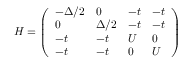
H = \left( \begin{array} { l l l l } { - \Delta / 2 } & { 0 } & { - t } & { - t } \\ { 0 } & { \Delta / 2 } & { - t } & { - t } \\ { - t } & { - t } & { U } & { 0 } \\ { - t } & { - t } & { 0 } & { U } \end{array} \right)